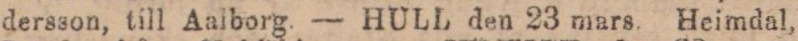
dersson, till Aalborg. — HULL den 23 mars. Heimdal,